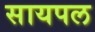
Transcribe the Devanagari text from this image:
सायपल